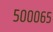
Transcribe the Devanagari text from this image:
५०००६५